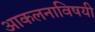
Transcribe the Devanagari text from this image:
आकलनाविषयी